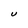
Character: U